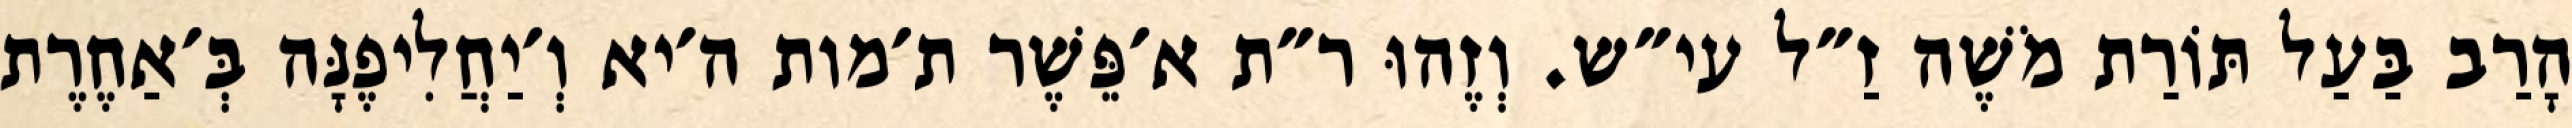
הָרַב בַּעַל תּוֹרַת מֹשֶׁה זַ״ל עי״ש. וְזֶהוּ ר״ת א׳פֵּשֶׁר ת׳מות ה׳יא וְ׳יַחֲלִיפֶנָּה בְּ׳אַחֶרֶת